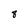
Character: 8